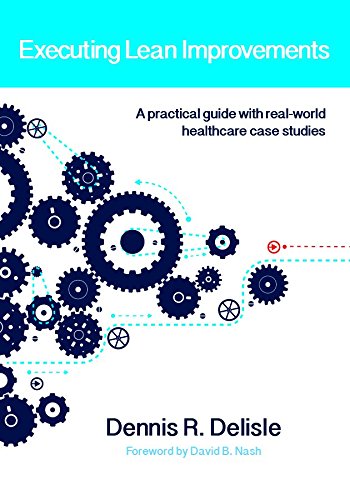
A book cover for Executing Lean Improvements; Dennis R. Delisle; Business & Money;